Indian journal of veterinary science and animal husbandry - Volume 10,
Year: 1940
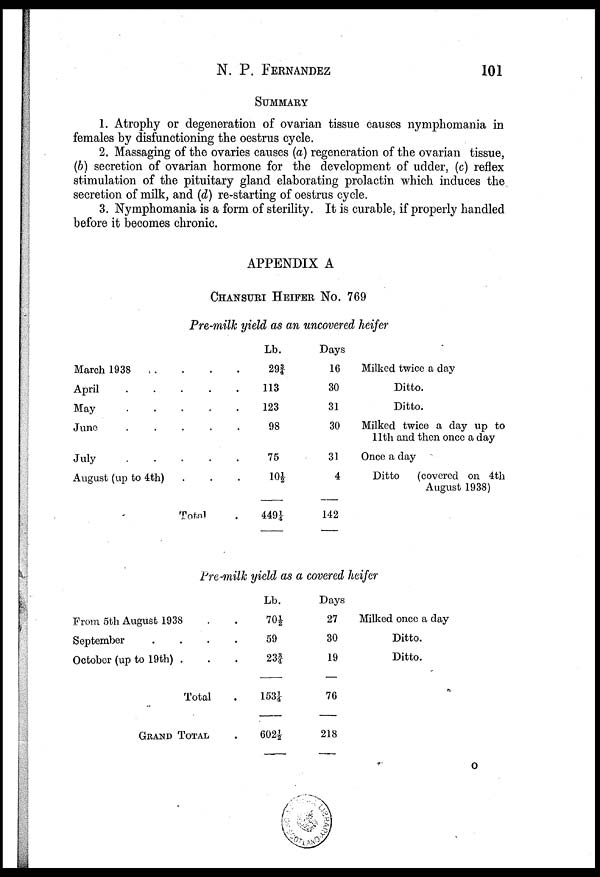
N. P.
FERNANDEZ
101
SUMMARY
1. Atrophy or degeneration of ovarian tissue causes nymphomania in
females by disfunctioning the oestrus cycle.
2. Massaging of the ovaries causes (a) regeneration of the ovarian tissue,
(b) secretion of ovarian hormone for the development of udder, (c) reflex
stimulation of the pituitary gland elaborating prolactin which induces the
secretion of milk, and (d) re-starting of oestrus cycle.
3. Nymphomania is a form of sterility. It is curable, if properly handled
before it becomes chronic.
APPENDIX A
CHANSURI HEIFER No. 769
Pre-milk yield as an uncovered heifer
March 1938...
April...
May....
June...
July...
August (up to4th).
Total
Lb.
29¾
113
123
98
75
10½
449¼
Days
16
30
31
30
31
4
142
Milked twice a day
Ditto.
Ditto.
Milked twice a day up to
11th and then once a day
Once a day
Ditto
(covered on 4th
August 1938)
Pre-milk yield as a covered heifer
From 5th August 1938 .
September . . .
October (up to 19th) . .
Total
GRAND TOTAL
Lb.
70½
59
23¾
153¼
602½
Days
27
30
19
76
218
Milked once a day
Ditto.
Ditto.
O